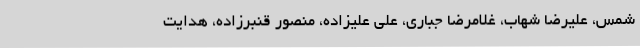
شمس، علیرضا شهاب، غلامرضا جباری، علی علیزاده، منصور قنبرزاده، هدایت